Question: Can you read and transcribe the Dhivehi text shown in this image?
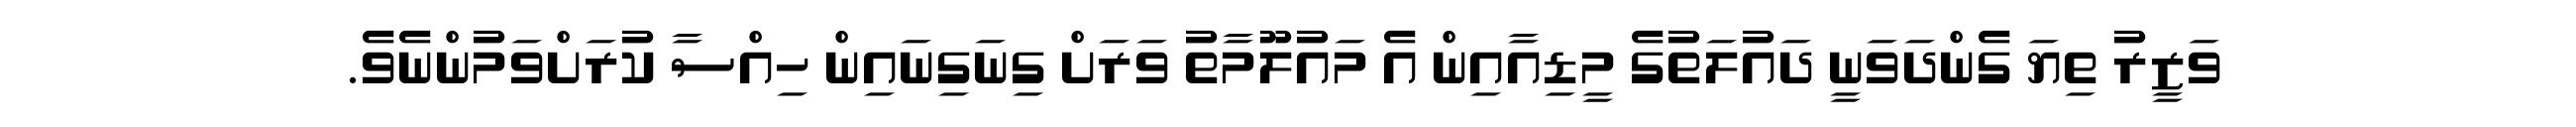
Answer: ވަޒީރު ތިޔަ ގެންދަވަނީ ދައުލަތުގެ މީޑިއާއިން އެ މައުލޫމާތު ވަރަށް ގިނަގިނައިން ހިއްސާ ކުރަށްވަމުންނެވެ.